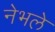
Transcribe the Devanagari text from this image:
नेभले